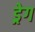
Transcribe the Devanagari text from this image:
ड्रेग